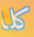
كلا